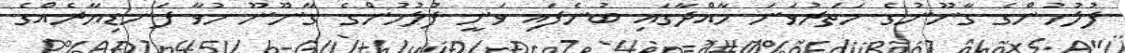
ފުލުހުންގެ ގާނޫނުގެ ހަތަރުވަނަ މާއްދާގައި ބުނެފައި ވަނީ ފުލުހުންގެ ގާނޫނޫ ހުވާ ފަނޑިޔާރެއްގެ